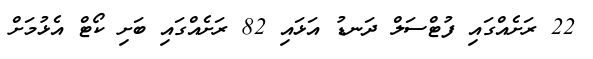
22 ރަށެއްގައި ފުޓްސަލް ދަނޑު އަޅައި 82 ރަށެއްގައި ބަށި ކޯޓް އެޅުމަށް